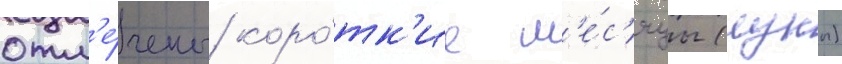
отм'е́чены коро́тк'ие м'е́с'яцы (луны)